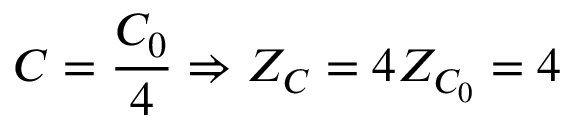
C = \frac { C _ { 0 } } { 4 } \Rightarrow Z _ { C } = 4 Z _ { C _ { 0 } } = 4